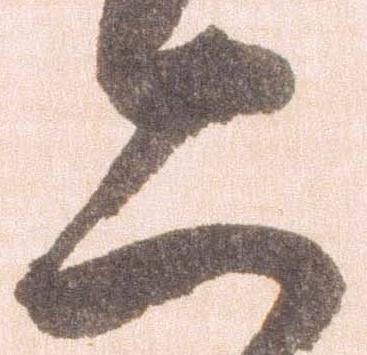
二